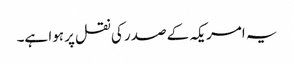
یہ امریکہ کے صدر کی نقل پر ہوا ہے۔